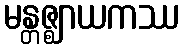
မန္တဇ္ဈာယကဿ